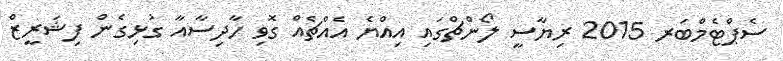
ސެޕްޓެމްބަރ 2015 ރިޔާސީ ލޯންޗްގައި އިއްޔެ އެއްޗެއް ގޮވި ހާދިސާއާ ގުޅިގެން ފިޝަރީޒް